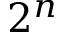
2 ^ { n }